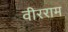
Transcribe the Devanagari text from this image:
वीरराम